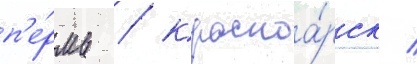
п'е́рмь / красноа́рск /